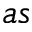
a s